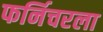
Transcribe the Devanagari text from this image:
फर्निचरला